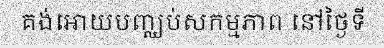
គង់អោយបញ្ឈប់សកម្មភាព នៅថ្ងៃទី